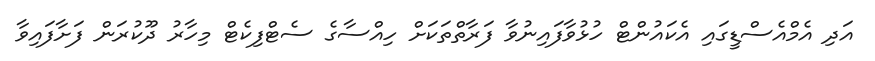
އަދި އެމްއެސްޑީގައި އެކައުންޓް ހުޅުވާފައިނުވާ ފަރާތްތަކަށް ހިއްސާގެ ސެޓްފިކެޓް މިހާރު ދޫކުރަން ފަށާފައިވާ